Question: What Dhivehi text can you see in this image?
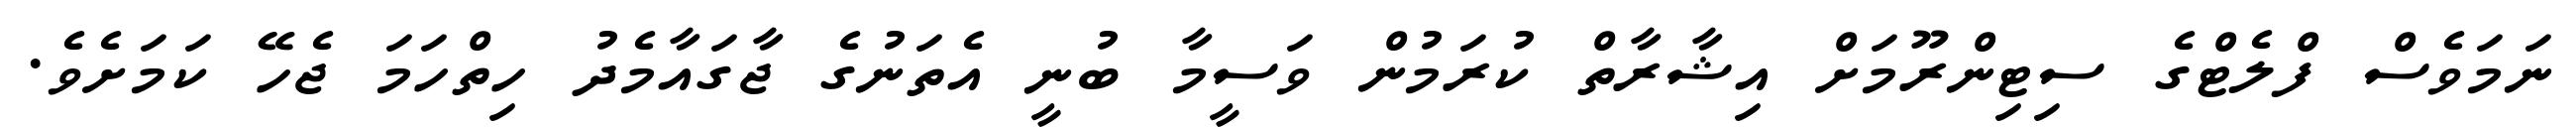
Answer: ނަމަވެސް ފްލެޓްގެ ސިޓިންރޫމަށް އިޝާރާތް ކުރަމުން ވަސީމާ ބުނީ އެތަނުގެ ޖާގައާމެދު ހިތްހަމަ ޖެހޭ ކަމަށެވެ.